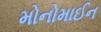
મોનોમાઈન